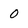
Character: 0